Scientific memoirs by medical officers of the Army of India - Part III,
Year: 1887
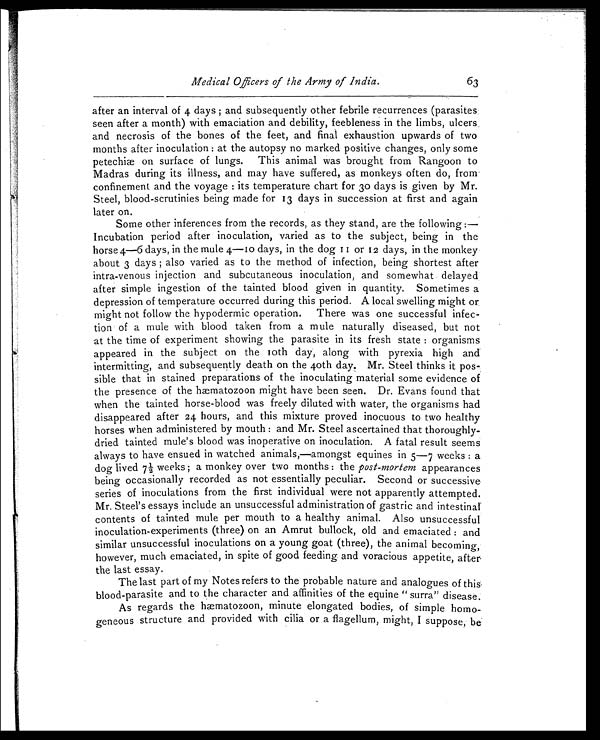
Medical Officers of the Army of India.
63
after an interval of 4 days; and subsequently other febrile recurrences (parasites
seen after a month) with emaciation and debility, feebleness in the limbs, ulcers,
and necrosis of the bones of the feet, and final exhaustion upwards of two
months after inoculation: at the autopsy no marked positive changes, only some
petechiæ on surface of lungs. This animal was brought from Rangoon to
Madras during its illness, and may have suffered, as monkeys often do, from
confinement and the voyage: its temperature chart for 30 days is given by Mr.
Steel, blood-scrutinies being made for 13 days in succession at first and again
later on.
Some other inferences from the records, as they stand, are the following:—-
Incubation period after inoculation, varied as to the subject, being in the
horse 4—6 days, in the mule 4—10 days, in the dog 11 or 12 days, in the monkey
about 3 days; also varied as to the method of infection, being shortest after
intra-venous injection and subcutaneous inoculation, and somewhat delayed
after simple ingestion of the tainted blood given in quantity. Sometimes a
depression of temperature occurred during this period. A local swelling might or
might not follow the hypodermic operation. There was one successful infec
-tion of a mule with blood taken from a mule naturally diseased, but not
at the time of experiment showing the parasite in its fresh state: organisms
appeared in the subject on the 10th day, along with pyrexia high and
intermitting, and subsequently death on the 40th day. Mr. Steel thinks it pos
-sible that in stained preparations of the inoculating material some evidence of
the presence of the hæmatozoon might have been seen. Dr. Evans found that
when the tainted horse-blood was freely diluted with water, the organisms had
disappeared after 24 hours, and this mixture proved inocuous to two healthy
horses when administered by mouth: and Mr. Steel ascertained that thoroughly-
dried tainted mule's blood was inoperative on inoculation. A fatal result seems
always to have ensued in watched animals,—amongst equines in 5—7 weeks: a
dog lived 7½ weeks; a monkey over two months: the post-mortem appearances
being occasionally recorded as not essentially peculiar. Second or successive
series of inoculations from the first individual were not apparently attempted.
Mr. Steel's essays include an unsuccessful administration of gastric and intestinal
contents of tainted mule per mouth to a healthy animal. Also unsuccessful
inoculation-experiments (three) on an Amrut bullock, old and emaciated: and
similar unsuccessful inoculations on a young goat (three), the animal becoming,
however, much emaciated, in spite of good feeding and voracious appetite, after
the last essay.
The last part of my Notes refers to the probable nature and analogues of this
blood-parasite and to the character and affinities of the equine "surra" disease.
As regards the hæmatozoon, minute elongated bodies, of simple homo-
geneous structure and provided with cilia or a flagellum, might, I suppose, be